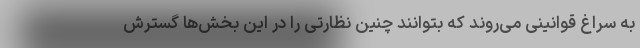
به سراغ قوانینی می‌روند که بتوانند چنین نظارتی را در این بخش‌ها گسترش